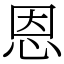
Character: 恩